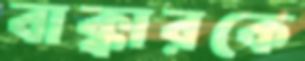
বাক্কারকে